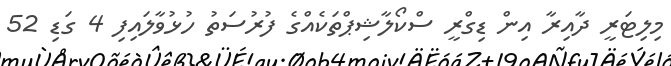
މިލިޓަރީ ދާއިރާ އިން ޑިގްރީ ސްކޯލާޝިޕްތަކެއްގެ ފުރުސަތު ހުޅުވާލައިފި 4 ގަޑި 52